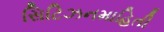
સિટિઝનમાહિતી